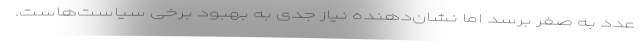
عدد به صفر برسد اما نشان‌دهنده نیاز جدی به بهبود برخی سیاست‌هاست.